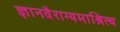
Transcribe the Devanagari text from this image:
ज्ञानवैराग्यमाश्रित्य